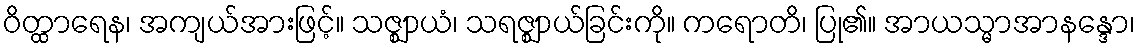
ဝိတ္ထာရေန၊ အကျယ်အားဖြင့်။ သဇ္ဈာယံ၊ သရဇ္ဈာယ်ခြင်းကို။ ကရောတိ၊ ပြု၏။ အာယသ္မာအာနန္ဒော၊